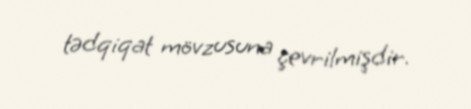
tədqiqat mövzusuna çevrilmişdir.